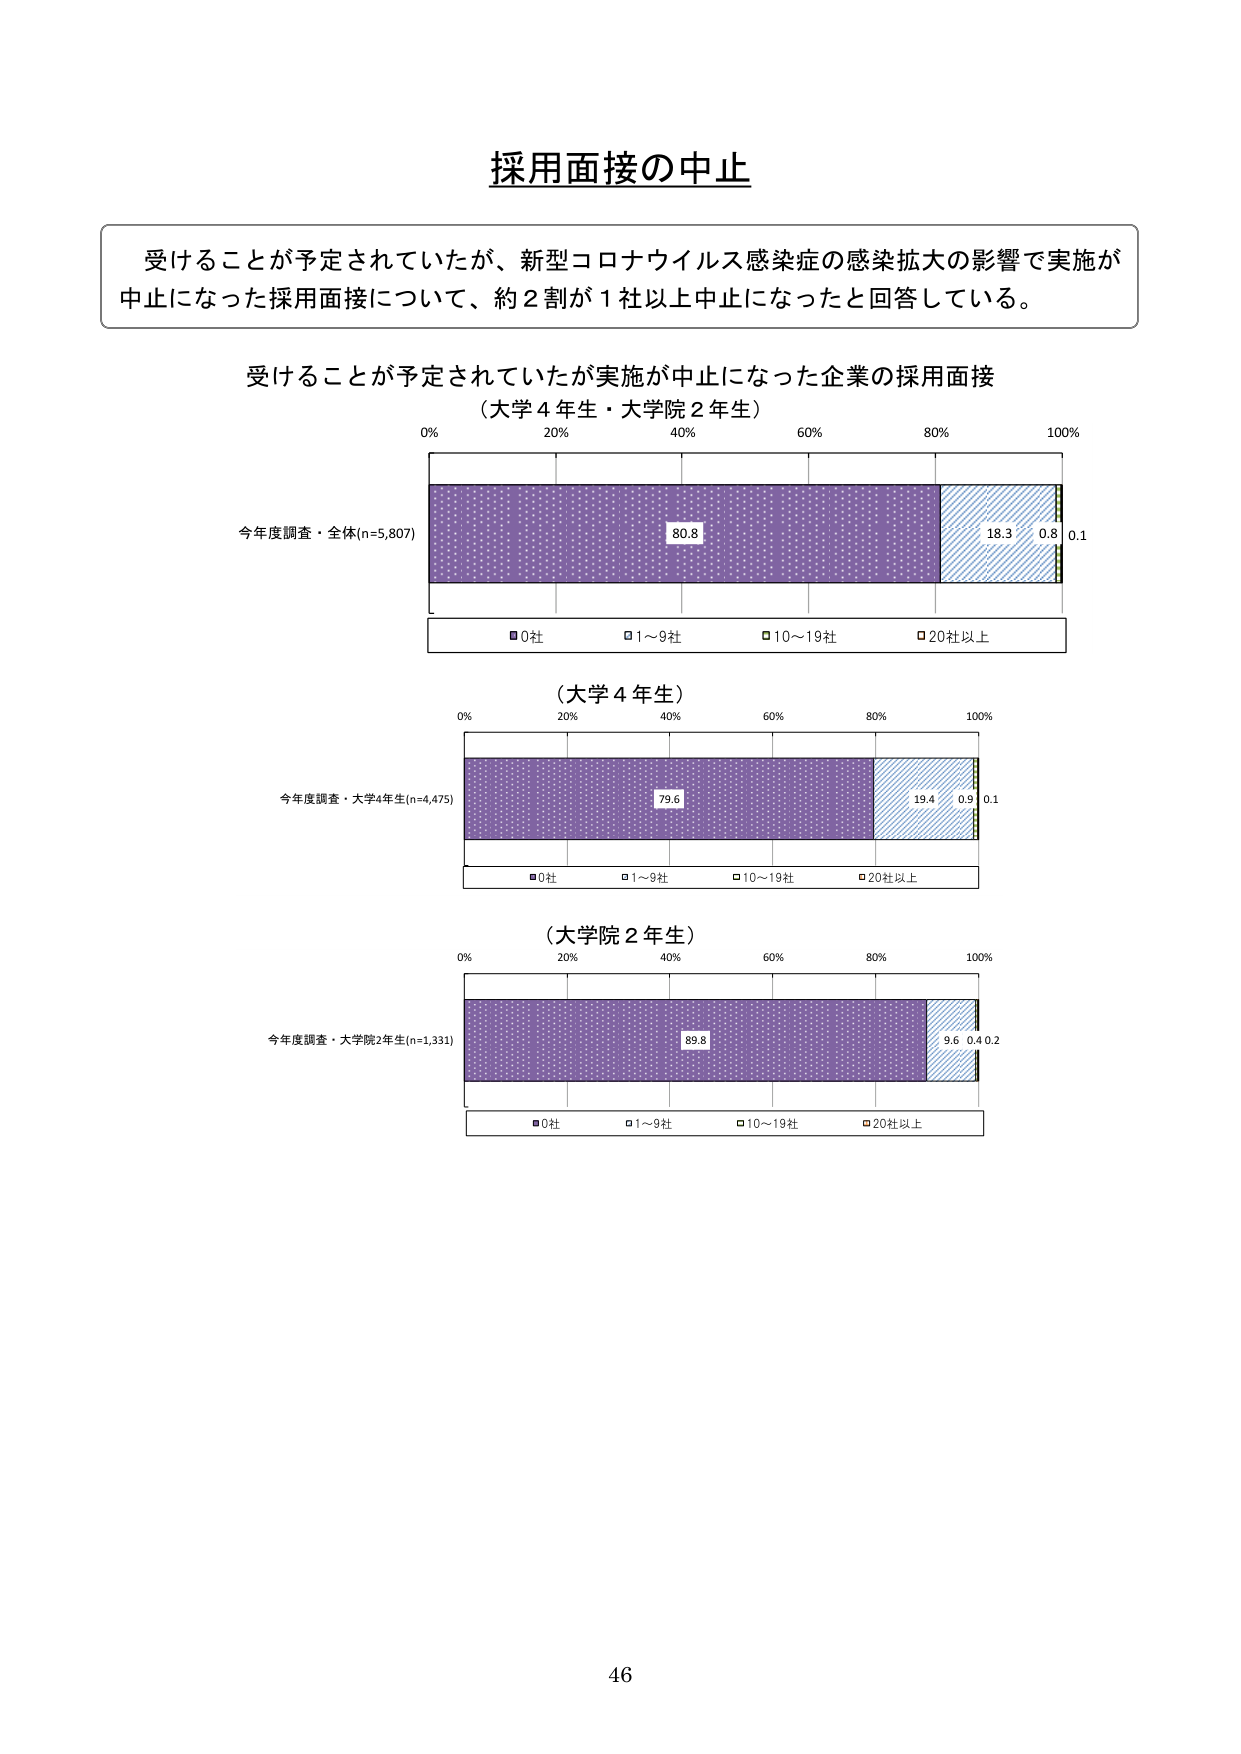
採用面接の中止

受けることが予定されていたが、新型コロナウイルス感染症の感染拡大の影響で実施が
中止になった採用面接について、約２割が１社以上中止になったと回答している。

受けることが予定されていたが実施が中止になった企業の採用面接
（大学４年生・大学院２年生）

0% 20% 40% 60% 80% 100%
今年度調査・全体(n=5,807)
80.8 18.3 0.8 0.1
■0社 □1～9社 □10～19社 □20社以上

（大学４年生）
0% 20% 40% 60% 80% 100%
今年度調査・大学4年生(n=4,475)
79.6 19.4 0.9 0.1
■0社 □1～9社 □10～19社 □20社以上

（大学院２年生）
0% 20% 40% 60% 80% 100%
今年度調査・大学院2年生(n=1,331)
89.8 9.6 0.4 0.2
■0社 □1～9社 □10～19社 □20社以上

46